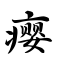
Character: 瘿